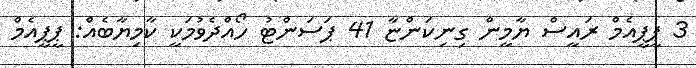
3 ޕީޕީއެމް ރައީސް ޔާމީން ގިނިކަންޏާ 41 ޕަސަންޓު ހޯއްދެވުމަކީ ކާމިޔާބެއް: ޕީޕީއެމް